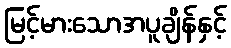
မြင့်မားသောအပူချိန်နှင့်